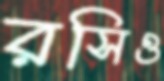
রসিও